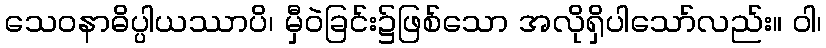
သေဝနာဓိပ္ပါယဿာပိ၊ မှီဝဲခြင်း၌ဖြစ်သော အလိုရှိပါသော်လည်း။ ဝါ၊